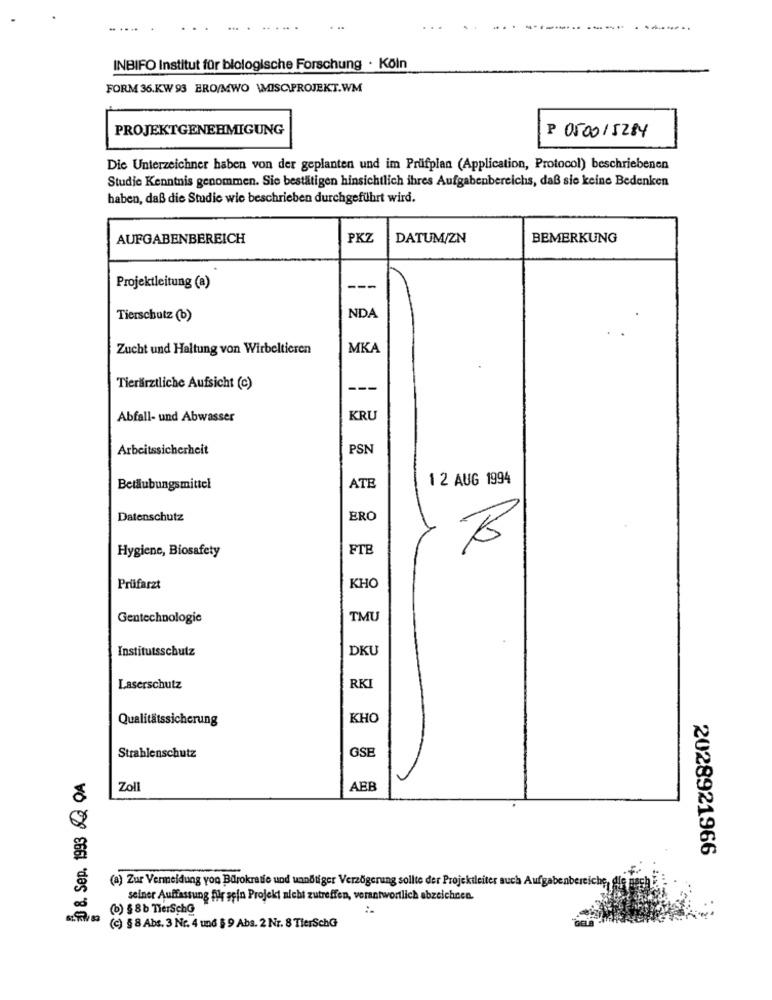
. ......
INBIFO Institut für biologische Forschung · Köln
FORM 36.KW 93 ERO/MWO \MOISC.PROJEKT.WM
PROJEKTGENEHMIGUNG
P 050015284
Die Unterzeichner haben von der geplanten und im Prüfplan (Application, Protocol) beschriebenen
Studie Kenntnis genommen. Sie bestätigen hinsichtlich ihres Aufgabenbereichs, daß sie keine Bedenken
haben, daß die Studie wie beschrieben durchgeführt wird.
AUFGABENBEREICH
PKZ
DATUM/ZN
BEMERKUNG
Projektleitung (a)
---
NDA
Tierschutz (b)
Zucht und Haltung von Wirbeltieren
MKA
Tierärztliche Aufsicht (c)
---
Abfall- und Abwasser
KRU
Arbeitssicherheit
PSN
1 2 AUG 1994
Betäubungsmittel
ATE
Datenschutz
ERO
Hygiene, Biosafety
FTB
Prüfarzt
KHO
Gentechnologie
TMU
Institutsschutz
DKU
Laserschutz
RKI
Qualitätssicherung
KHO
GSE
Strahlenschutz
8. Sep. 1993Q OA
Zoll
ABB
2028921966
(a) Zur Vermeidung yoo Bürokratie und uandtiger Verzögerung sollte der Projektleiter auch Aufgaben
seiner Auffassung flir scin Projekt nicht zutreffen, verantwortlich abzeichnen.
(b) $8b TierSchG
(c) § 8 Abs. 3 Nr. 4 und $ 9 Abs. 2 Nr. 8 TierSchG